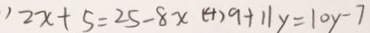
2 x + 5 = 2 5 - 8 x ( 4 ) 9 + 1 1 y = 1 0 y - 7